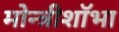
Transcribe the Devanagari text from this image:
मोन्त्रीशाॅभा